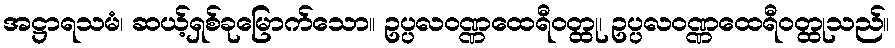
အဋ္ဌာရသမံ၊ ဆယ့်ရှစ်ခုမြောက်သော။ ဥပ္ပလဝဏ္ဏထေရီဝတ္ထု၊ ဥပ္ပလဝဏ္ဏထေရီဝတ္ထုသည်။